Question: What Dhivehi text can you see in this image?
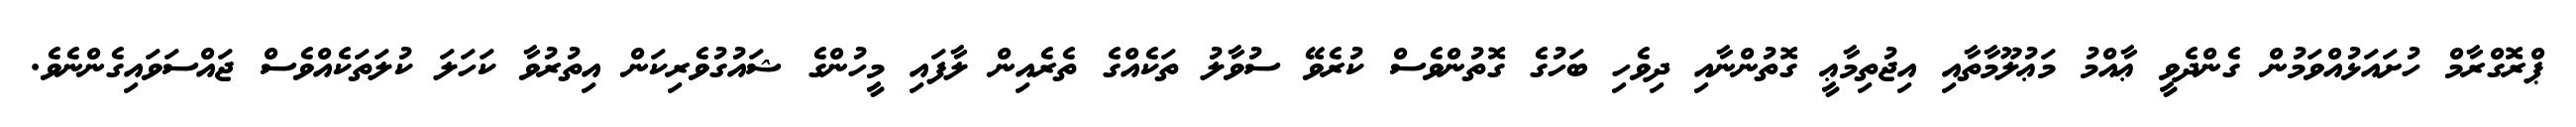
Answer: ޕްރޮގްރާމް ހުށައަޅުއްވަމުން ގެންދެވީ ޢާއްމު މަޢުލޫމާތާއި އިޖުތިމާޢީ ގޮތުންނާއި ދިވެހި ބަހުގެ ގޮތުންވެސް ކުރެވޭ ސުވާލު ތަކެއްގެ ތެރެއިން ލާފައި މީހުންގެ ޝައުގުވެރިކަން އިތުރުވާ ކަހަލަ ކުލަތަކެއްވެސް ޖައްސަވައިގެންނެވެ.